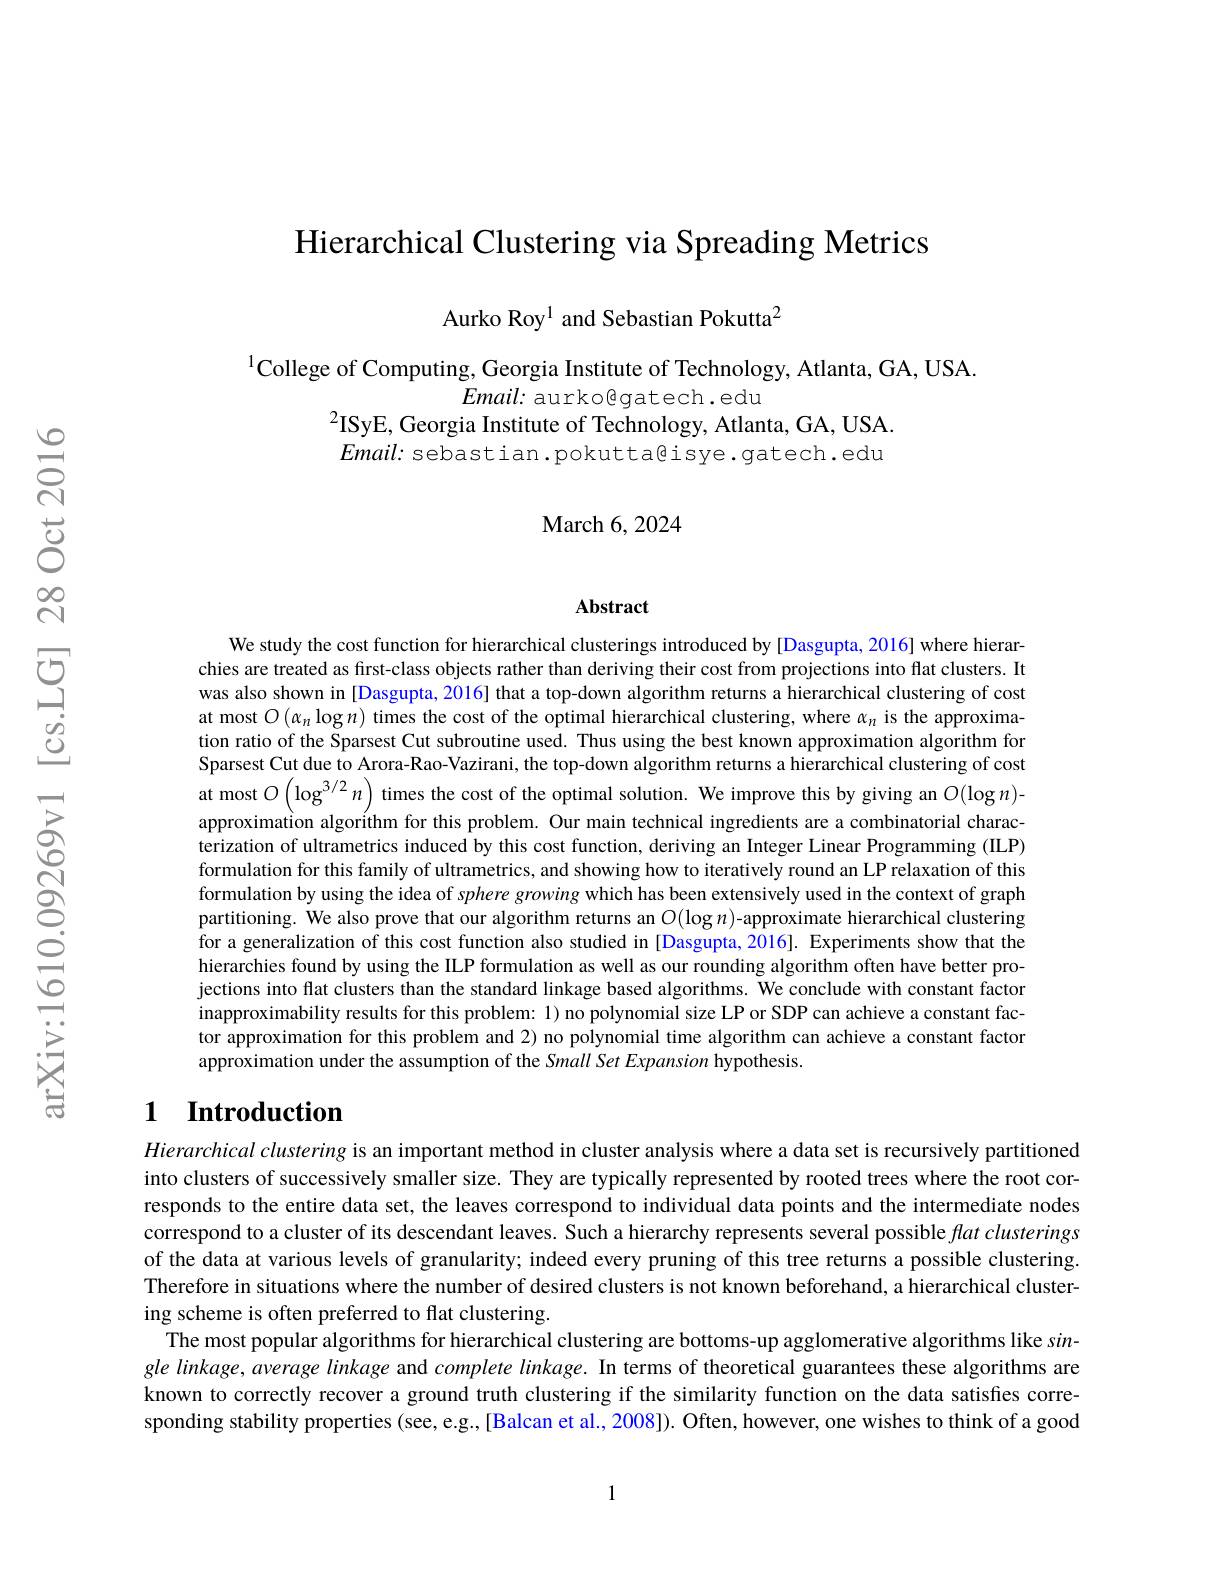
Hierarchical Clustering via Spreading Metrics

Aurko Roy$^{1}$ and Sebastian Pokutta$^{2}$

$^{1}$College of Computing, Georgia Institute of Technology, Atlanta, GA, USA.
$Email{:}$ aurkogatech.edu
$^{2}$ISyE, Georgia Institute of Technology, Atlanta, GA, USA. $Email{:}$ sebastian.pokutta@isye.gatech.edu

March 6, 2024

Abstract

We study the cost function for hierarchical clusterings introduced by [Dasgupta, 2016] where hierarchies are treated as fırst-class objects rather than deriving their cost from projections into flat clusters. It was also shown in [Dasgupta, 2016] that a top-down algorithm returns a hierarchical clustering of cost at most $O\left(\alpha_n\log n\right)$ times the cost of the optimal hierarchical clustering, where $\alpha_n$ is the approximation ratio of the Sparsest Cut subroutine used. Thus using the best known approximation algorithm for Sparsest Cut due to Arora-Rao-Vazirani, the top-down algorithm returns a hierarchical clustering of cost at most $O\left(\log^{3/2}n\right)$ times the cost of the optimal solution. We improve this by giving an $O(\log n)$- approximation algorithm for this problem. Our main technical ingredients are a combinatorial characterization of ultrametrics induced by this cost function, deriving an Integer Linear Programming (IILP) formulation for this family of ultrametrics, and showing how to iteratively round an LP relaxation of this formulation by using the idea of sphere growing which has been extensively used in the context of graph partitioning. We also prove that our algorithm returns an $O(\log n)$-approximate hierarchical clustering for a generalization of this cost function also studied in [Dasgupta,2016]. Experiments show that the hierarchies found by using the ILP formulation as well as our rounding algorithm often have better projections into flat clusters than the standard linkage based algorithms. We conclude with constant factor inapproximability results for this problem: 1) no polynomial size LP or SDP can achieve a constant factor approximation for this problem and 2) no polynomial time algorithm can achieve a constant factor approximation under the assumption of the Small Set Expansion hypothesis.

## 1 Introduction

$Hierarchical\textit{ clustering is an important method in cluster analysis where a data set is recursively partitionedit pres pres pres pres pres pres pres pres pres pres pres pres pres pres pres pres pres pres pres prest pres pres pres pres pres pres pres pr}$ into clusters of successively smaller size. They are typically represented by rooted trees where the root corresponds to the entire data set, the leaves correspond to individual data points and the intermediate nodes correspond to a cluster of its descendant leaves. Such a hierarchy represents several possible flat clusterings of the data at various levels of granularity; indeed every pruning of this tree returns a possible clustering Therefore in situations where the number of desired clusters is not known beforehand, a hierarchical clustering scheme is often preferred to flat clustering.
The most popular algorithms for hierarchical clustering are bottoms-up agglomerative algorithms like single linkage, average linkage and complete linkage. In terms of theoretical guarantees these algorithms are known to correctly recover a ground truth clustering if the similarity function on the data satisfes corresponding stability properties (see, e.g.,[Balcan et al., 2008]). Often, however, one wishes to think of a good

1